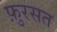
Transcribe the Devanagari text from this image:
फ़ुरसत